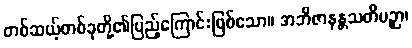
တစ်ဆယ့်တစ်ခုတို့၏ပြည့်ကြောင်းဖြစ်သော။ အဘိဇာနန္တသတိပဉှာ၊